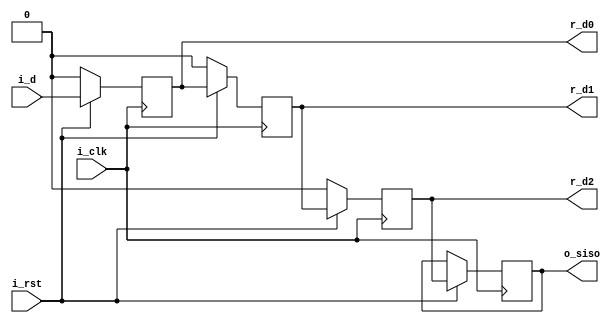
module siso(
	input 	i_clk,
	input 	i_d,
	input 	i_rst,
	output 	o_siso,
	output 	r_d0,
	output 	r_d1,
	output 	r_d2
);

	reg r_d3;
	reg r_d2;
	reg r_d1;
	reg r_d0;

	initial begin
		r_d2	<= 1'b0;
		r_d1	<= 1'b0;
		r_d0	<= 1'b0;
	end

	always @(posedge i_clk) begin
		if(!i_rst) begin
			r_d2	<= 1'b0;
			r_d1	<= 1'b0;
			r_d0	<= 1'b0;
		end

		else begin
			r_d0 	<= i_d;
			r_d1 	<= r_d0;
			r_d2 	<= r_d1;
			r_d3 	<= r_d2;
		end
	end

	assign o_siso = r_d3;

endmodule